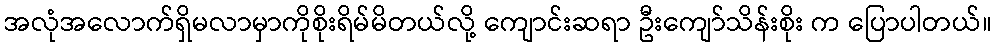
အလုံအလောက်ရှိမလာမှာကိုစိုးရိမ်မိတယ်လို့ ကျောင်းဆရာ ဦးကျော်သိန်းစိုး က ပြောပါတယ်။